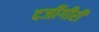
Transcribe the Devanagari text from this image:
दर्जीगीरी